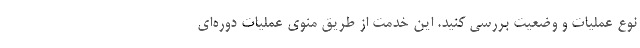
نوع عملیات و وضعیت بررسی کنید. این خدمت از طریق منوی عملیات دوره‌ای